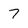
Character: 7